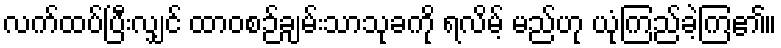
လက်ထပ်ပြီးလျှင် ထာဝစဉ်ချမ်းသာသုခကို ရလိမ့် မည်ဟု ယုံကြည်ခဲ့ကြ၏။